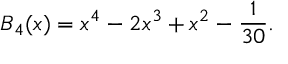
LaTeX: B _ { 4 } ( x ) = x ^ { 4 } - 2 x ^ { 3 } + x ^ { 2 } - \frac { 1 } { 3 0 } .